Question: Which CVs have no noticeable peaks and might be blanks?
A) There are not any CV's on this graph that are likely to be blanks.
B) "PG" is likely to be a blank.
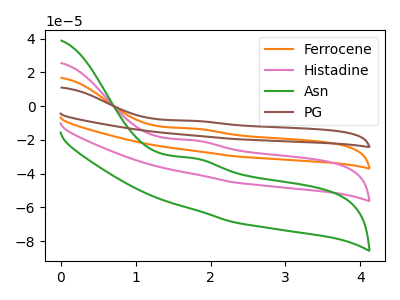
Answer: <think>The orange curve "Ferrocene" has an anodic peak at: (1.80V, -40.55uA). The pink curve "Histadine" has an anodic peak at: (1.80V, -20.30uA). The green curve "Asn" has an anodic peak at: (1.80V, -30.90uA). The brown curve "PG" has an anodic peak at: (1.80V, -60.85uA).</think>
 <answer>A) There are not any CV's on this graph that are likely to be blanks.</answer>
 <eval>A</eval>